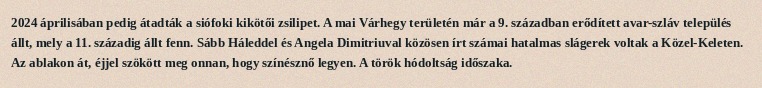
2024 áprilisában pedig átadták a siófoki kikötői zsilipet. A mai Várhegy területén már a 9. században erődített avar-szláv település állt, mely a 11. századig állt fenn. Sább Háleddel és Angela Dimitriuval közösen írt számai hatalmas slágerek voltak a Közel-Keleten. Az ablakon át, éjjel szökött meg onnan, hogy színésznő legyen. A török hódoltság időszaka.